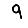
Digit: 9